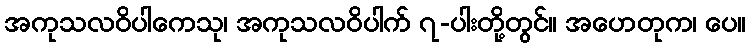
အကုသလဝိပါကေသု၊ အကုသလဝိပါက် ၇-ပါးတို့တွင်။ အဟေတုက၊ ပေ။